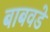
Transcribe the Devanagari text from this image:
बाबवडे